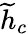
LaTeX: \widetilde{h}_{c}